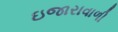
ઇજારાવાળી